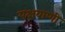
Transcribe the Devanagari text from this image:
यक्षवाणी